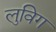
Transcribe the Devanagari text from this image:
लुविग